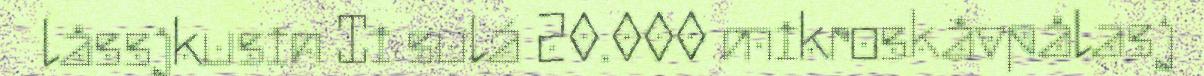
låssjkusin Ii sulá 20.000 mikroskåvpålasj